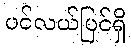
ပင်လယ်ပြင်ရှိ